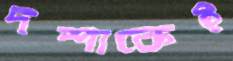
দশাকেই